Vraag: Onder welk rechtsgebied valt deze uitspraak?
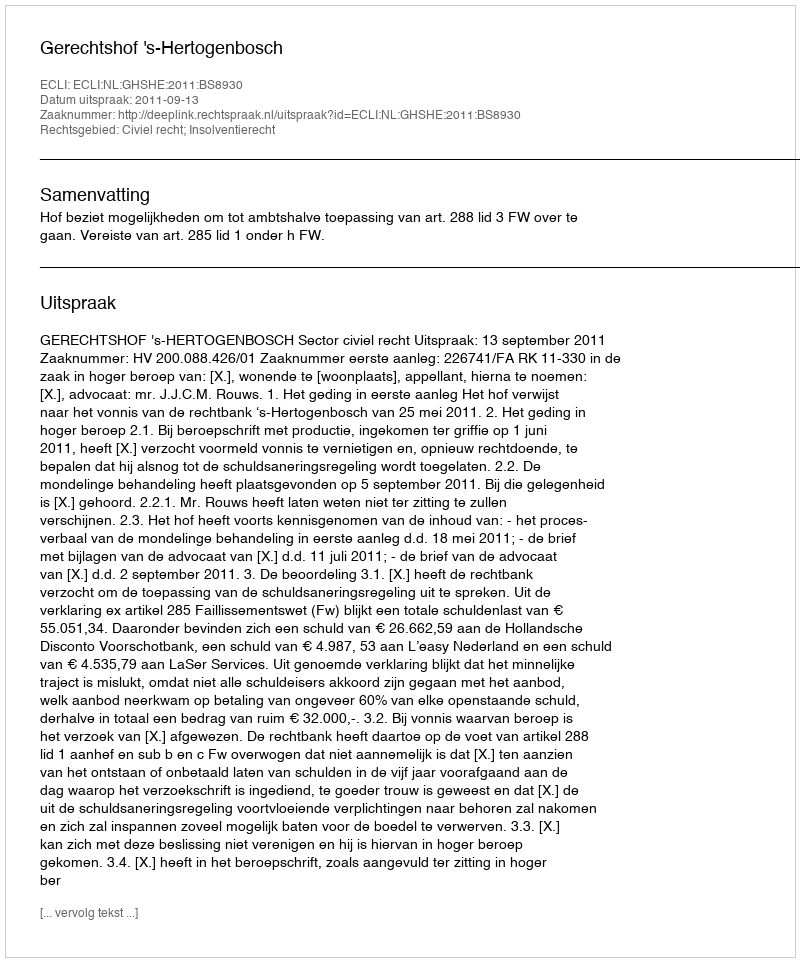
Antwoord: Civiel recht; Insolventierecht